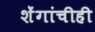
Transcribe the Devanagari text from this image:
शेंगांचीही